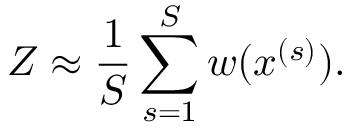
Z \approx \frac { 1 } { S } \sum _ { s = 1 } ^ { S } w ( x ^ { ( s ) } ) .